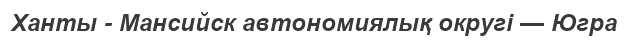
Ханты - Мансийск автономиялық округі — Югра